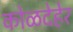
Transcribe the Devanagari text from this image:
कोळदेहेर